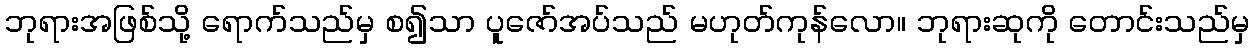
ဘုရားအဖြစ်သို့ ရောက်သည်မှ စ၍သာ ပူဇော်အပ်သည် မဟုတ်ကုန်လော။ ဘုရားဆုကို တောင်းသည်မှ